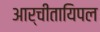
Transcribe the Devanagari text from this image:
आर्चीतायिपल